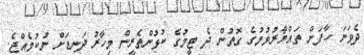
ދެވަނަ ހާފަަށް ތައްޔާރުވުމުގެ ގޮތުން ދެ ޓީމުގެ ކުޅުންތެރީން މިހާރު ދަނޑަށް ނުކުމެއްޖެ.